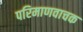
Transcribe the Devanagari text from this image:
परिमाणवाचक